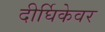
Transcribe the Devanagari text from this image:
दीर्घिकेवर